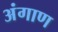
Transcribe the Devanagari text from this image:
अंगाण